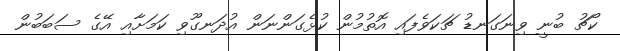
ކޯޗު ބުނީ ވިނަގަނޑު ޗަކަވެފައި އޮތުމުން ކުޅެގަންނަން އުދަނގޫވި ކަމަށާއި އޭގެ ސަބަބުން